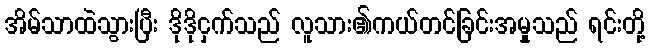
အိမ်သာထဲသွားပြီး ဒိုဒိုငှက်သည် လူသား၏ကယ်တင်ခြင်းအမှုသည် ရင်းတို့